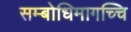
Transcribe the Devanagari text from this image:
सम्बोधिमागच्चि